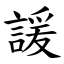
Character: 諼